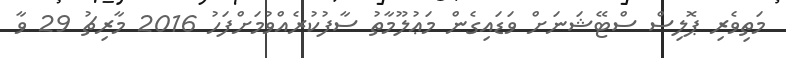
މަތިވެރި ޕޮލިސް ސްޓޭޝަނަށް ވަޑައިގެން މަޢުލޫމާތު ސާފުކުރެއްވުމަށްފަހު 2016 މާރިޗު 29 ވާ